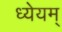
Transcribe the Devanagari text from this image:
ध्येयम्‌